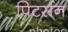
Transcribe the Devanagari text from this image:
पिटर्सन